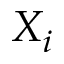
X _ { i }